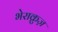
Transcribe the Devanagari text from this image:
भेराक्रुज़